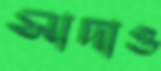
সাদাও